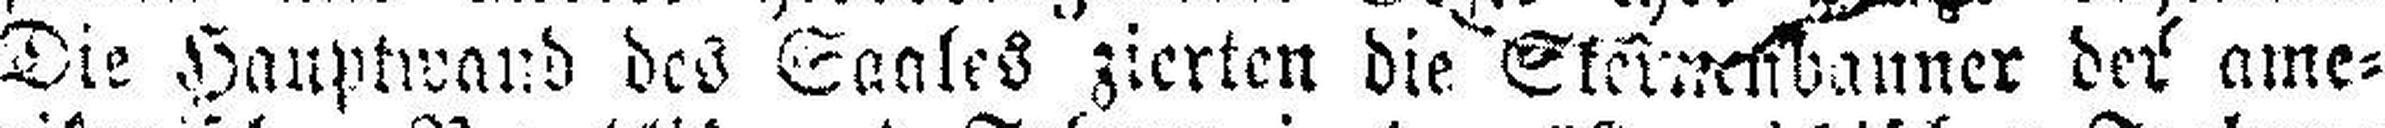
Die Hauptwand des Saales zierten die Sternenbanner der ame¬